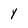
Character: y